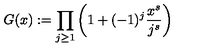
G ( x ) : = \prod _ { j \ge 1 } \bigg ( 1 + ( - 1 ) ^ { j } \frac { x ^ { s } } { j ^ { s } } \bigg )